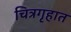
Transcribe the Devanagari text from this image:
चित्रगृहात